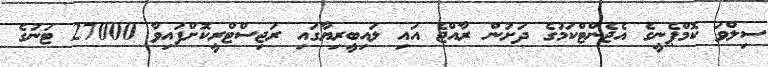
ސިލްވަ ކޮމްޕެނީގެ އެޖެންޓްކަމުގެ ދަށުން ރާއްޖެ އައި ލައިބީރިޔާގައި ރަޖިސްޓްރީކޮށްފައިވާ 27000 ޓަނުގެ